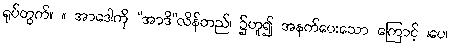
ရုပ်တွက်။ ။ အာဒေါကို “အာဒိ”လိန်တည်၊ ၌ဟူ၍ အနက်ပေးသော ကြောင့် ၊ပေ၊